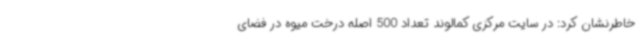
خاطرنشان کرد: در سایت مرکزی کمالوند تعداد 500 اصله درخت میوه در فضای